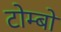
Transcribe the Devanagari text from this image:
टोम्बो